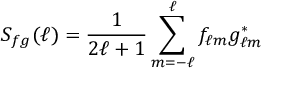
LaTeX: S _ { f g } ( \ell ) = { \frac { 1 } { 2 \ell + 1 } } \sum _ { m = - \ell } ^ { \ell } f _ { \ell m } g _ { \ell m } ^ { \ast }